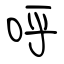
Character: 呼